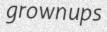
grownups